Holstre_vallavalitsus, lk 43
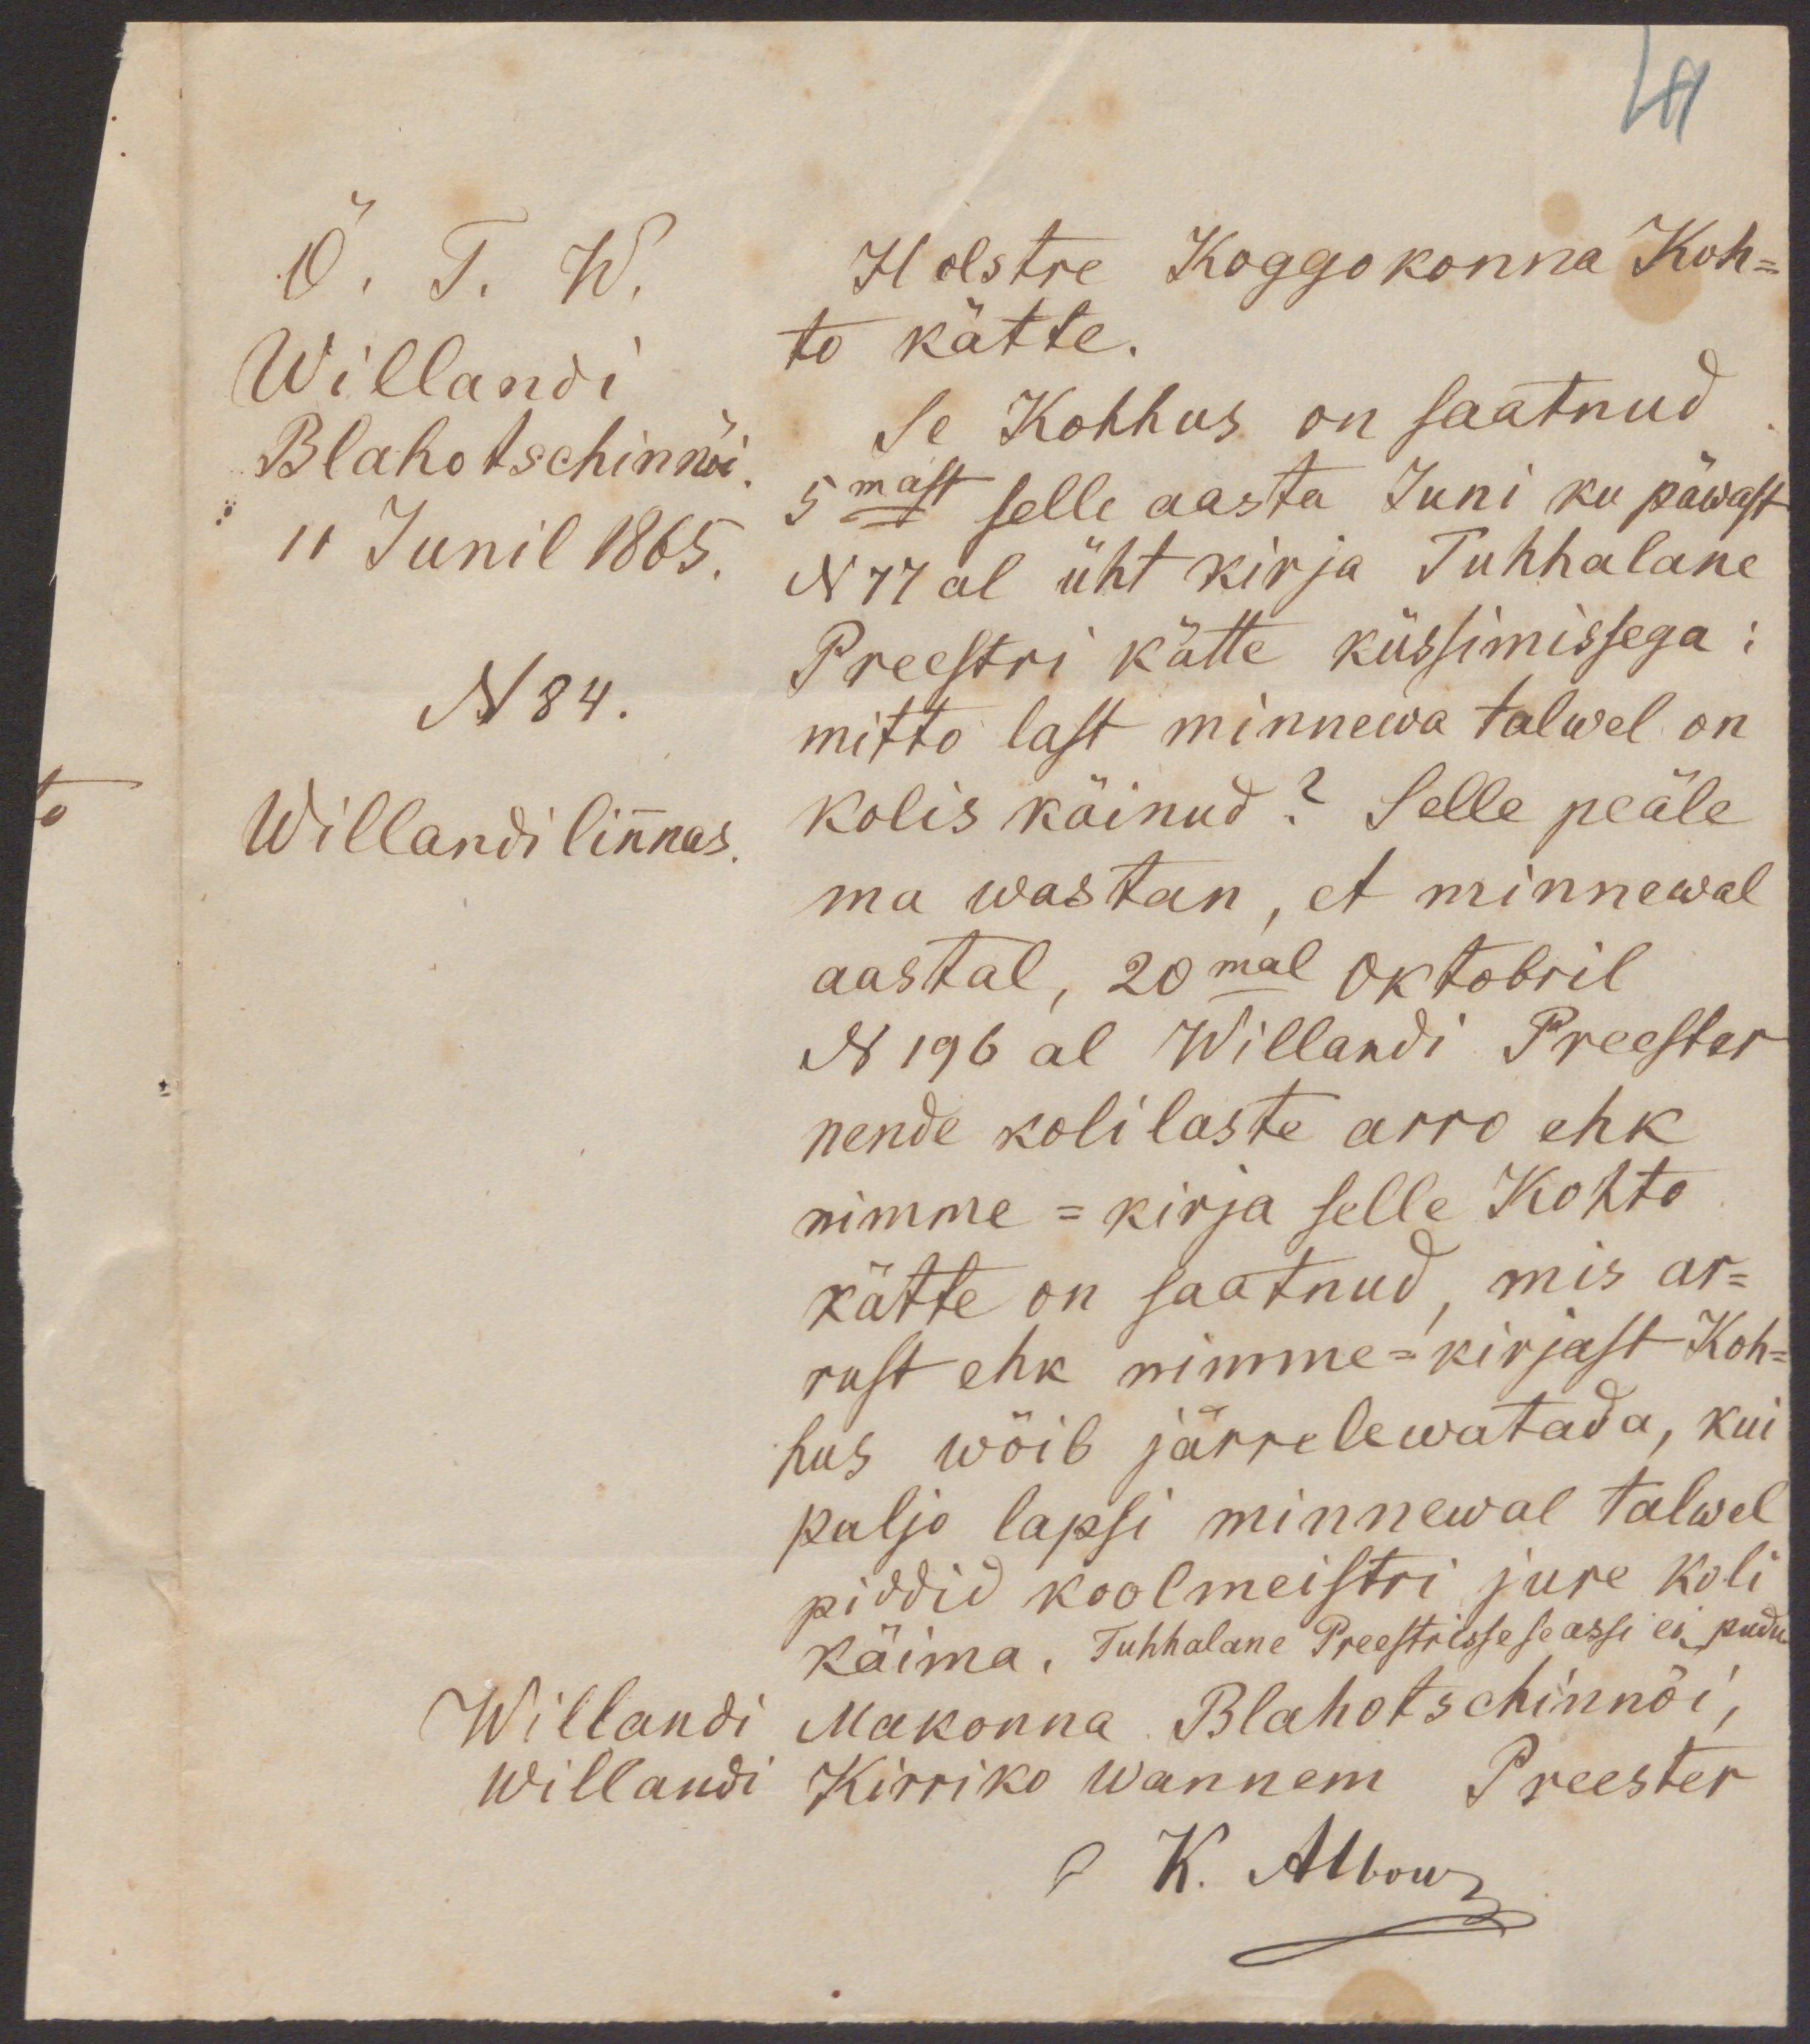
19
Õ. T. W.
Holstre Koggokonna Koh-
Willandi
to kätte.
Se Kohhus on saatnud
Blahotschinnõi
11 Junil 1865.
5mast selle aasta Juni ku päwast
N 77 al üht kirja Tuhhalane
N 84.
Preestri kätte küssimissega:
mitto last minnewa talwel on
Willandi linnas.
kolis käinud? Selle peäle
ma wastan, et minnewal
aastal, 20mal Oktobril
N 196 al Willandi Preester
nende kolilaste arro ehk
nimme -kirja selle Kohto
kätte on saatnud, mis ar-
rust ehk nimme-kirjast Koh-
hus wõib järrelewatada, kui
paljo lapsi minnewal talwel
piddid koolmeistri jure koli
Willandi Makonna Blahotschinnõi,
käima, Tuhhalane Preestrisse se assi ei pudu.
Willandi Kirriko Wannem Preester
f. K. Albow